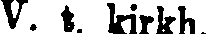
V. t. kirkh.